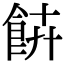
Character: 𩚰